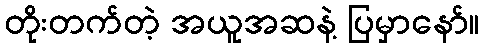
တိုးတက်တဲ့ အယူအဆနဲ့ ပြမှာနော်။